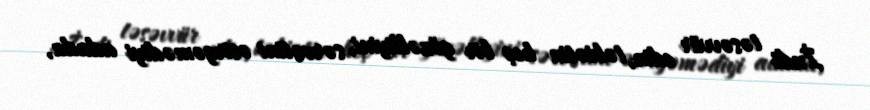
İndi təsəvvür edin, təbiətin heç bir gözəlliyini, sərvətini əsirgəmədiyi adada,